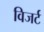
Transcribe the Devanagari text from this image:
विजर्ट